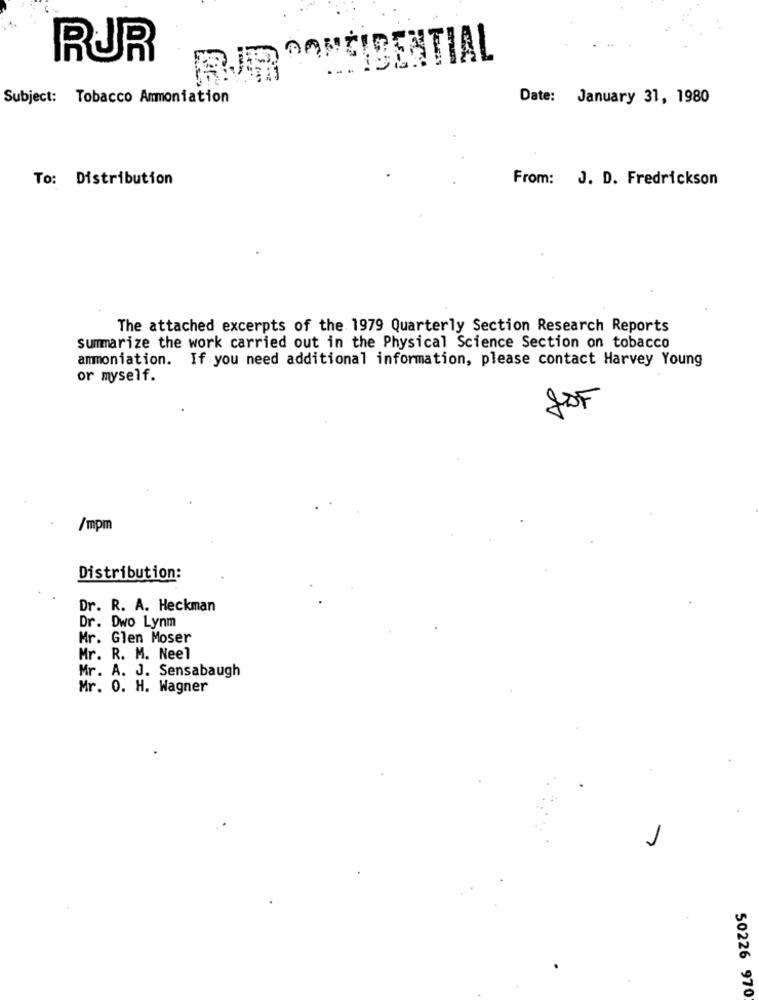
RUR
BURRONIDENTIAL
Subject: Tobacco Ammoniation
Date: January 31, 1980
To: Distribution
From: J. D. Fredrickson
The attached excerpts of the 1979 Quarterly Section Research Reports
summarize the work carried out in the Physical Science Section on tobacco
ammoniation. If you need additional information, please contact Harvey Young
or myself.
/mpm
Distribution:
Dr. R. A. Heckman
Dr. Dwo Lynm
Mr. Glen Moser
Mr. R. M. Neel
Mr. A. J. Sensabaugh
Mr. 0. H. Wagner
50226 970